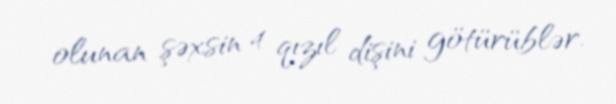
olunan şəxsin 4 qızıl dişini götürüblər.